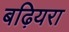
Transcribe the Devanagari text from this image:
बढ़ियरा